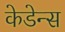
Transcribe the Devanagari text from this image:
केडेन्स